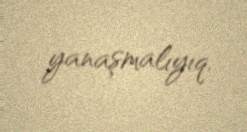
yanaşmalıyıq.